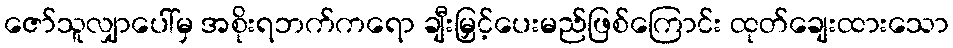
ဇော်သူလျှာပေါ်မှ အစိုးရဘက်ကရော ချီးမြှင့်ပေးမည်ဖြစ်ကြောင်း ထုတ်ချေးထားသော